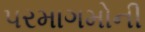
પરમાગમોની